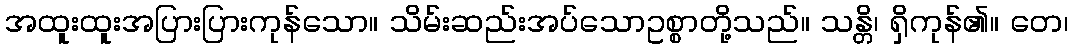
အထူးထူးအပြားပြားကုန်သော။ သိမ်းဆည်းအပ်သောဥစ္စာတို့သည်။ သန္တိ၊ ရှိကုန်၏။ တေ၊